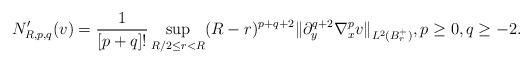
LaTeX: \begin{align*}N_{R,p,q}^{\prime}(v)=\frac{1}{[p+q]!}\sup_{R/2\leq r<R}(R-r)^{p+q+2}\Vert\partial_{y}^{q+2}\nabla_{x}^{p}v\Vert_{L^{2}(B_{r}^{+})},p\geq0,q\geq-2. \end{align*}